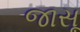
જાસૂ